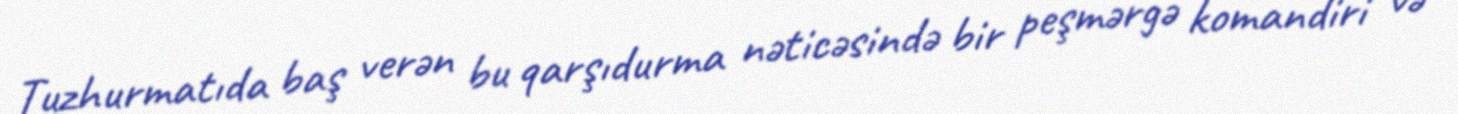
Tuzhurmatıda baş verən bu qarşıdurma nəticəsində bir peşmərgə komandiri və